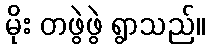
မိုး တဖွဲဖွဲ ရွာသည်။